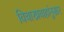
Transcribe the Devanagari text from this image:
विचारप्रवाहांनुसार